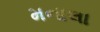
મનાલા